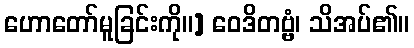
ဟောတော်မူခြင်းကို။] ဝေဒိတဗ္ဗံ၊ သိအပ်၏။